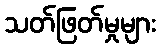
သတ်ဖြတ်မှုများ